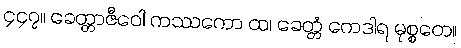
၄၄၇။ ခေတ္တာဇီဝေါ ကဿကော ထ၊ ခေတ္တံ ကေဒါရ မုစ္စတေ။